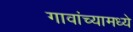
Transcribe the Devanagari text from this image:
गावांच्यामध्ये